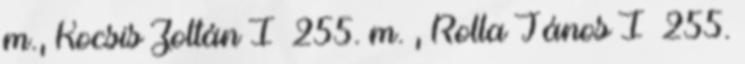
m., Kocsis Zoltán I 255. m. , Rolla János I 255.